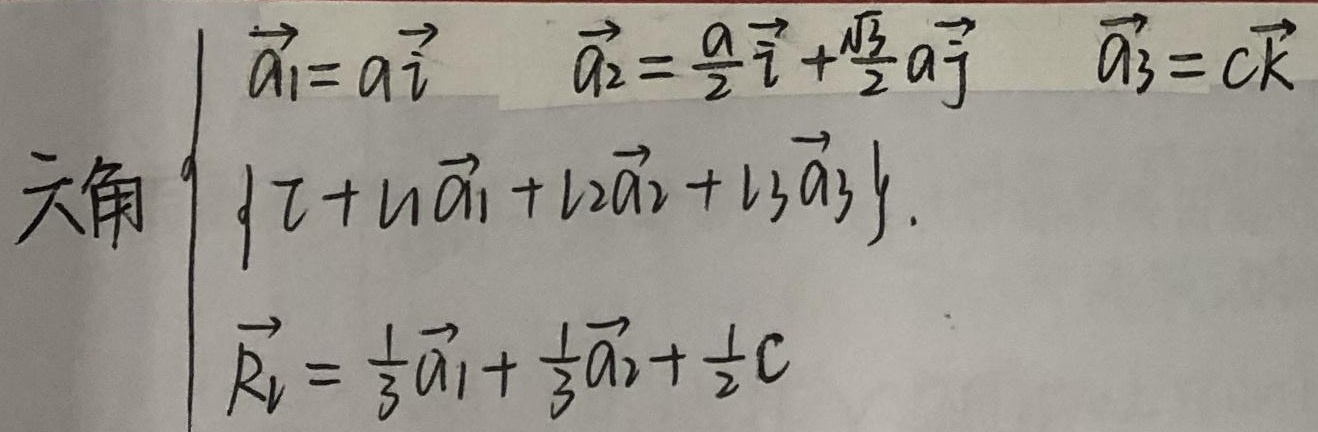
六角
\[\begin{cases}
\vec{a_1}=a\vec{i} \quad \vec{a_2}=\frac{a}{2}\vec{i} +\frac{\sqrt{3}}{2}a\vec{j} \quad \vec{a_3}=c\vec{k}\\
\{ \tau + u\vec{a_1} + v\vec{a_2} + w\vec{a_3} \}\\
\vec{R_l} = \frac{1}{3}\vec{a_1} + \frac{1}{3}\vec{a_2}+\frac{1}{2}c\vec{k}
\end{cases}\]